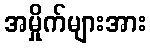
အမှိုက်များအား